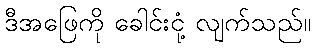
ဒီအဖြေကို ခေါင်းငုံ့ လျက်သည်။